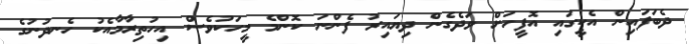
ދެބަފައިން އެކީގައި އޮފީހަށް ވަދެގެން ދިޔައިރު ފެންނަ ކޮންމެ މީހަކުވެސް އިހުތިރާމާއެކު ހެނދުނުގެ